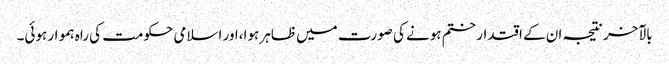
بالآخر نتیجہ ان کے اقتدار ختم ہونے کی صورت میں ظاہر ہوا،اور اسلامی حکومت کی راہ ہموار ہوئی۔